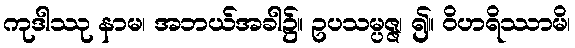
ကုဒါဿု နာမ၊ အဘယ်အခါ၌။ ဥပသမ္ပဇ္ဇ၊ ၍။ ဝိဟရိဿာမိ၊